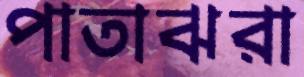
পাতাঝরা